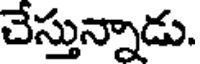
చేస్తున్నాడు.